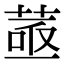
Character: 䓧